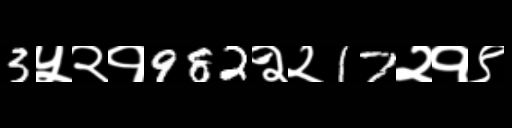
Text: 3५२१982२२17२१९